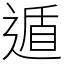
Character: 遁